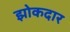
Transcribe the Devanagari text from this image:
झोकदार